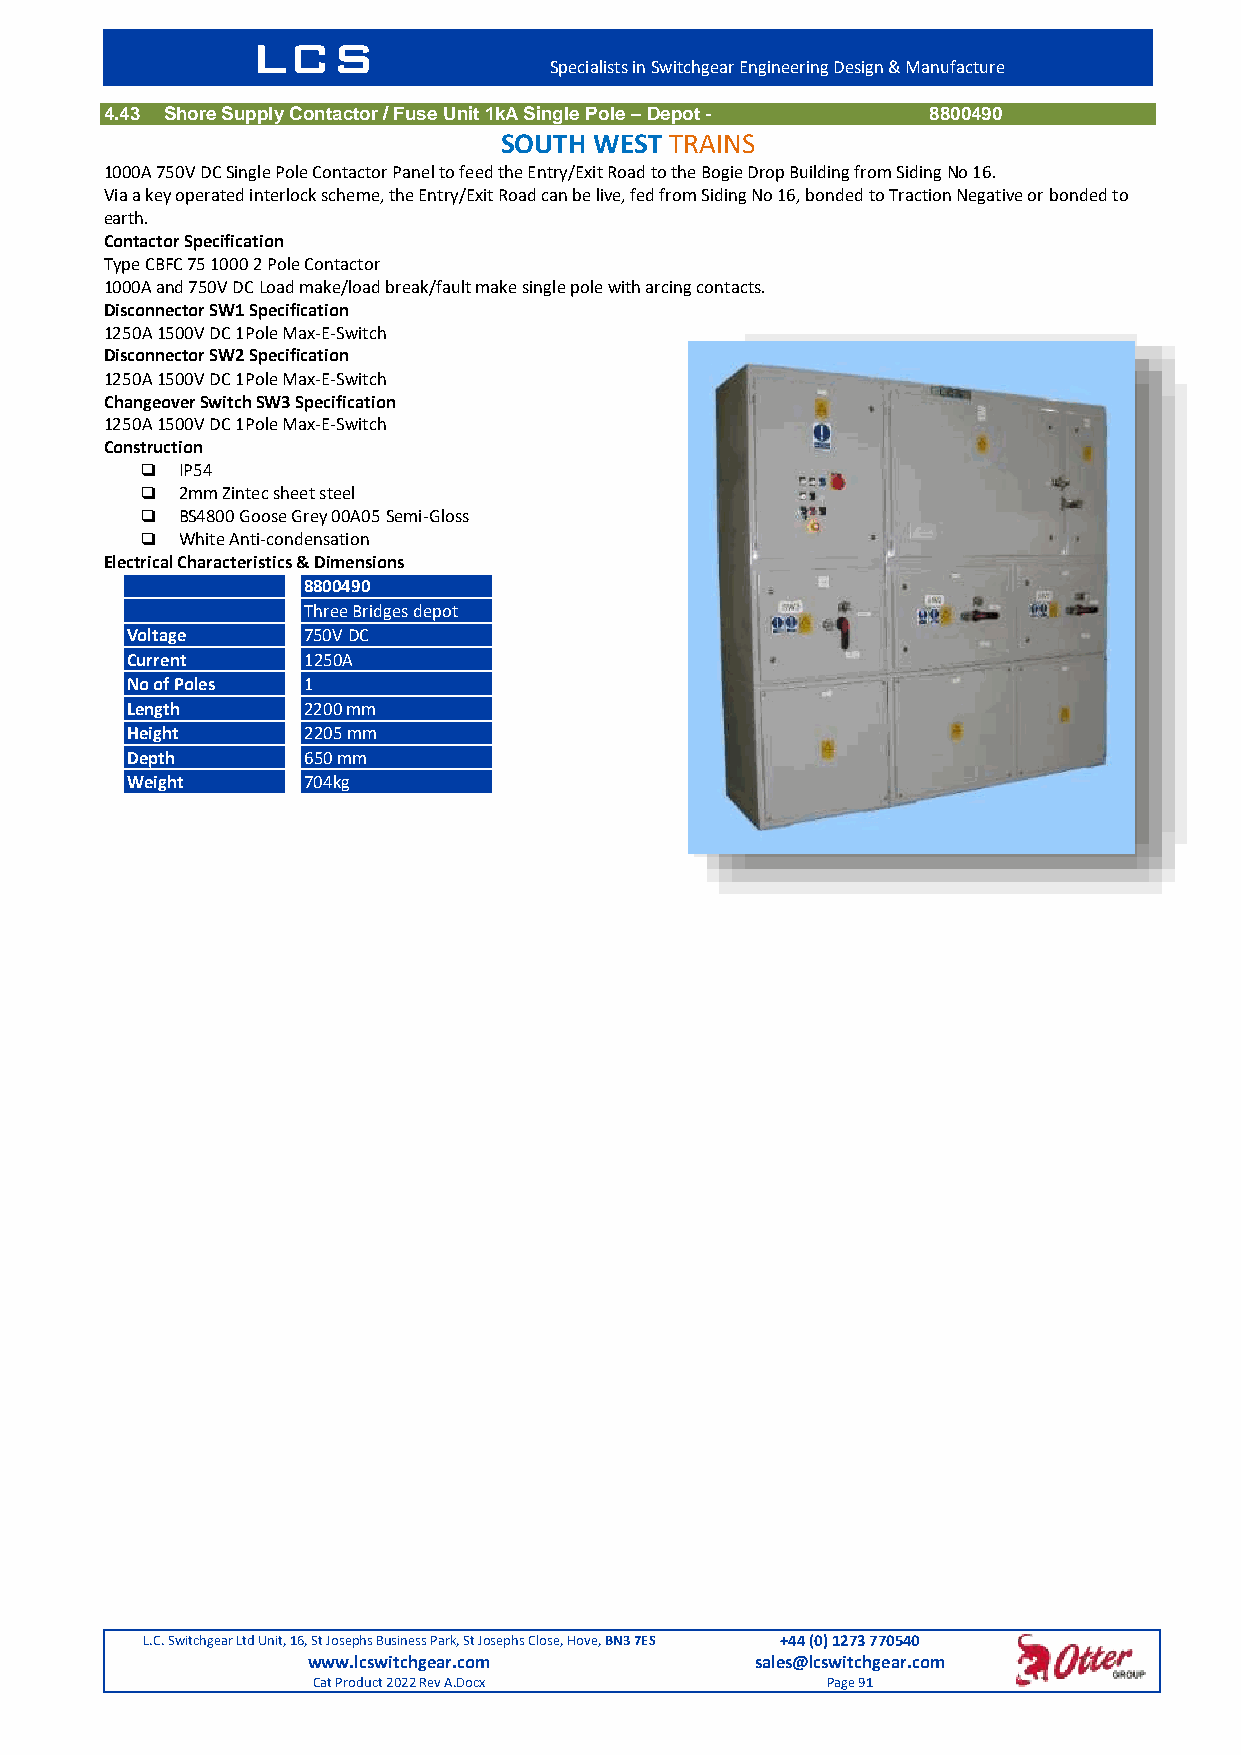
LCS
 Specialists in Switchgear Engineering Design & Manufacture
 4.43 Shore Supply Contactor / Fuse Unit 1kA Single Pole – Depot - 8800490
 SOUTH WEST TRAINS
 1000A 750V DC Single Pole Contactor Panel to feed the Entry/Exit Road to the Bogie Drop Building from Siding No 16.
 Via a key operated interlock scheme, the Entry/Exit Road can be live, fed from Siding No 16, bonded to Traction Negative or bonded to
 earth.
 Contactor Specification
 Type CBFC 75 1000 2 Pole Contactor
 1000A and 750V DC Load make/load break/fault make single pole with arcing contacts.
 Disconnector SW1 Specification
 1250A 1500V DC 1Pole Max-E-Switch
 Disconnector SW2 Specification
 1250A 1500V DC 1Pole Max-E-Switch
 Changeover Switch SW3 Specification
 1250A 1500V DC 1Pole Max-E-Switch
 Construction
   IP54
   2mm Zintec sheet steel
   BS4800 Goose Grey 00A05 Semi-Gloss
   White Anti-condensation
 Electrical Characteristics & Dimensions
 8800490
 Three Bridges depot
 Voltage     750V DC
 Current     1250A
 No of Poles 1
 Length      2200 mm
 Height      2205 mm
 Depth       650 mm
 Weight      704kg
 L.C. Switchgear Ltd Unit, 16, St Josephs Business Park, St Josephs Close, Hove, BN3 7ES +44 (0) 1273 770540
 www.lcswitchgear.com          sales@lcswitchgear.com
 Cat Product 2022 Rev A.Docx       Page 91